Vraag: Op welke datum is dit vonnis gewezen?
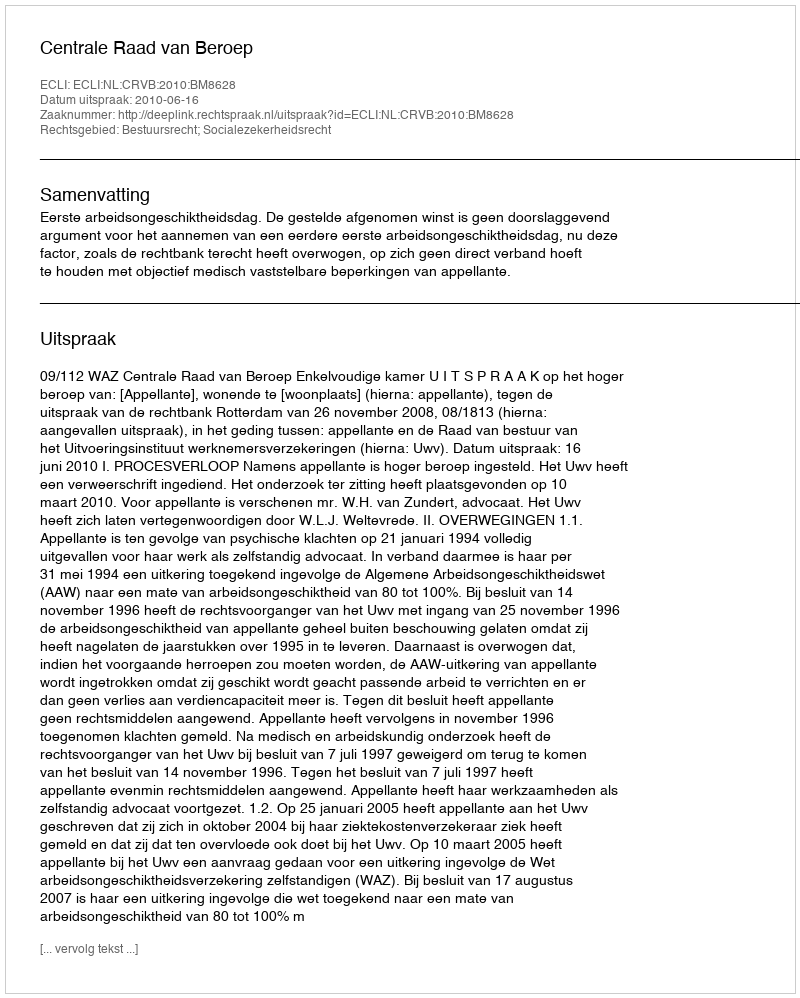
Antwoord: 2010-06-16